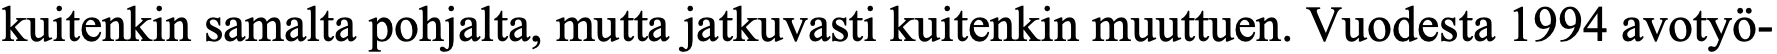
kuitenkin samalta pohjalta, mutta jatkuvasti kuitenkin muuttuen. Vuodesta 1994 avotyö-